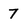
Character: 7